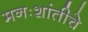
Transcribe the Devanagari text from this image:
मनःशांतीचे